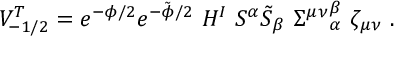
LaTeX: V _ { - 1 / 2 } ^ { T } = e ^ { - \phi / 2 } e ^ { - \tilde { \phi } / 2 } ~ H ^ { I } ~ S ^ { \alpha } \tilde { S } _ { \beta } ~ { \Sigma ^ { \mu \nu } } _ { \alpha } ^ { \beta } ~ \zeta _ { \mu \nu } \ .